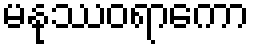
မနုဿဝရာကော